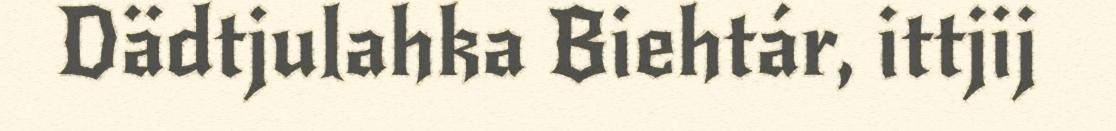
Dädtjulahka Biehtár, ittjij